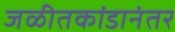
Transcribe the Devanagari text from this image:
जळीतकांडानंतर